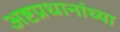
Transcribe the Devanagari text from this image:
अष्टप्रधानांच्या